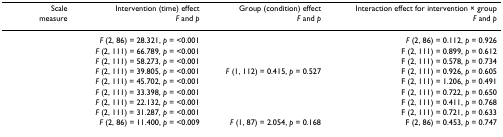
<table><thead><tr><td><b>Scale</b></td><td><b>Intervention (time) effect</b></td><td><b>Group (condition) effect</b></td><td><b>Interaction effect for intervention × group</b></td></tr><tr><td><b>measure</b></td><td><b><i>F </i>and <i>p</i></b></td><td><b><i>F </i>and <i>p</i></b></td><td><b><i>F</i> and <i>p</i></b></td></tr></thead><tbody><tr><td>[EMPTY_CELL]</td><td><i>F </i>(2, 86) = 28.321, <i>p </i>= &lt;0.001</td><td>[EMPTY_CELL]</td><td><i>F </i>(2, 86) = 0.112, <i>p </i>= 0.926</td></tr><tr><td>[EMPTY_CELL]</td><td><i>F </i>(2, 111) = 66.789, <i>p </i>= &lt;0.001</td><td>[EMPTY_CELL]</td><td>F (2, 111) = 0.899, <i>p </i>= 0.612</td></tr><tr><td>[EMPTY_CELL]</td><td><i>F </i>(2, 111) = 58.273, <i>p </i>= &lt;0.001</td><td>[EMPTY_CELL]</td><td>F (2, 111) = 0.578, <i>p </i>= 0.734</td></tr><tr><td>[EMPTY_CELL]</td><td><i>F </i>(2, 111) = 39.805, <i>p </i>= &lt;0.001</td><td><i>F </i>(1, 112) = 0.415, <i>p </i>= 0.527</td><td>F (2, 111) = 0.926, <i>p </i>= 0.605</td></tr><tr><td>[EMPTY_CELL]</td><td><i>F </i>(2, 111) = 45.702, <i>p </i>= &lt;0.001</td><td>[EMPTY_CELL]</td><td>F (2, 111) = 1.206, <i>p </i>= 0.491</td></tr><tr><td>[EMPTY_CELL]</td><td><i>F </i>(2, 111) = 33.398, <i>p </i>= &lt;0.001</td><td>[EMPTY_CELL]</td><td>F (2, 111) = 0.722, <i>p </i>= 0.650</td></tr><tr><td>[EMPTY_CELL]</td><td><i>F </i>(2, 111) = 22.132, <i>p </i>= &lt;0.001</td><td>[EMPTY_CELL]</td><td>F (2, 111) = 0.411, <i>p </i>= 0.768</td></tr><tr><td>[EMPTY_CELL]</td><td><i>F </i>(2, 111) = 31.287, <i>p </i>= &lt;0.001</td><td>[EMPTY_CELL]</td><td>F (2, 111) = 0.721, <i>p </i>= 0.633</td></tr><tr><td>[EMPTY_CELL]</td><td><i>F </i>(2, 86) = 11.400, <i>p </i>= &lt;0.009</td><td><i>F </i>(1, 87) = 2.054, <i>p </i>= 0.168</td><td>F (2, 86) = 0.453, <i>p </i>= 0.747</td></tr></tbody></table>